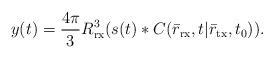
LaTeX: \begin{align*}y(t)=\frac{4\pi}{3}R_{\rm rx}^3(s(t)* {C(\bar r_{\rm rx},t|{\bar r_{\rm tx}},{t_0})}).\end{align*}